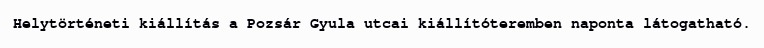
Helytörténeti kiállítás a Pozsár Gyula utcai kiállítóteremben naponta látogatható.